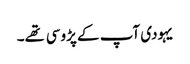
یہودی آپ کے پڑوسی تهے۔